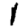
Digit: 1